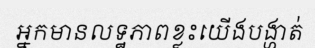
អ្នកមានលទ្ឋភាពខ្លះយើងបង្ហាត់